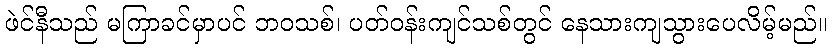
ဖဲင်နီသည် မကြာခင်မှာပင် ဘဝသစ်၊ ပတ်ဝန်းကျင်သစ်တွင် နေသားကျသွားပေလိမ့်မည်။